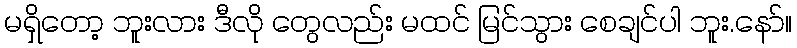
မရှိတော့ ဘူးလား ဒီလို တွေလည်း မထင် မြင်သွား စေချင်ပါ ဘူး.နော်။